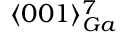
\langle 0 0 1 \rangle _ { G a } ^ { 7 }